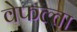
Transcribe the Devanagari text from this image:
वेफल्ता